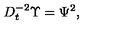
D _ { t } ^ { - 2 } \Upsilon = \Psi ^ { 2 } ,